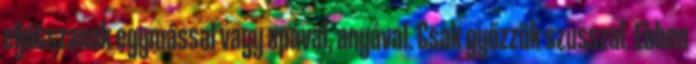
eljátszanak egymással vagy apával, anyával. Csak győzzük szusszal. Ebben